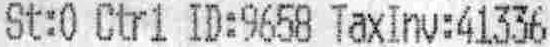
ST:0 CTR1 ID:9658 TAXINV:41336